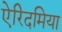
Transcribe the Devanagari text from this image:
ऐरिदमिया